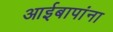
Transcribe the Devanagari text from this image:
आईबापांना